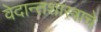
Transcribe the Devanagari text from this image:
वेदान्तशास्त्राचे